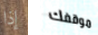
إذا موقفك